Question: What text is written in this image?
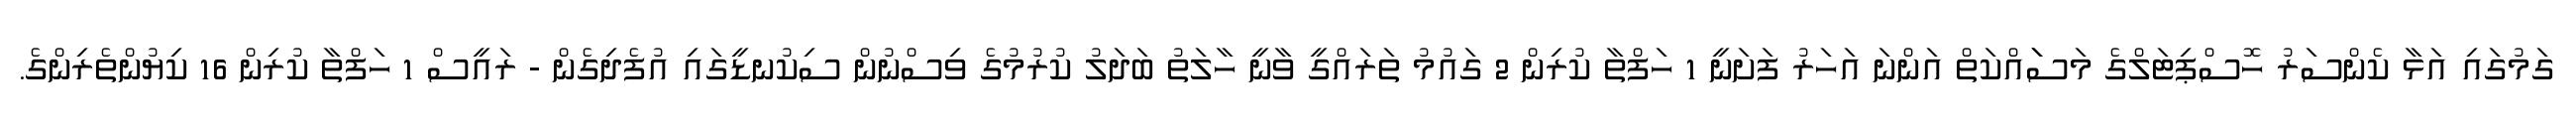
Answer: ގަމުގައި އަޅާ ކެންސަރު ހޮސްޕިޓަލްގެ މަސަައްކަތް އަންނަ އަހަރު ފަށަނީ 1 ހަފްތާ ކުރިން 2 ގައުމު ތަރައްގީ ވާނީ ހާލަތު ބަދަލު ކުރުމުގެ ވިސްނުން ސިކުނޑީގައި އުފެދިގެން - ރައީސް 1 ހަފްތާ ކުރިން 16 ކިޔުންތެރިންގެ.